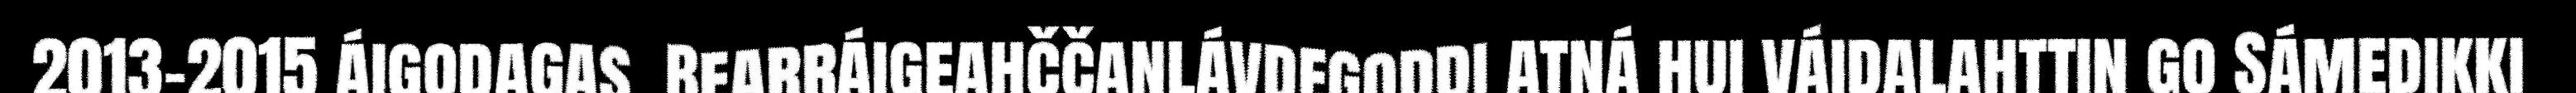
2013-2015 áigodagas. Bearráigeahččanlávdegoddi atná hui váidalahttin go Sámedikki